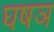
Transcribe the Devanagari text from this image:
घषञ